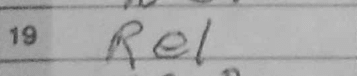
Transcription: Re1